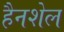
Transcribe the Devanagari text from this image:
हैनशेल